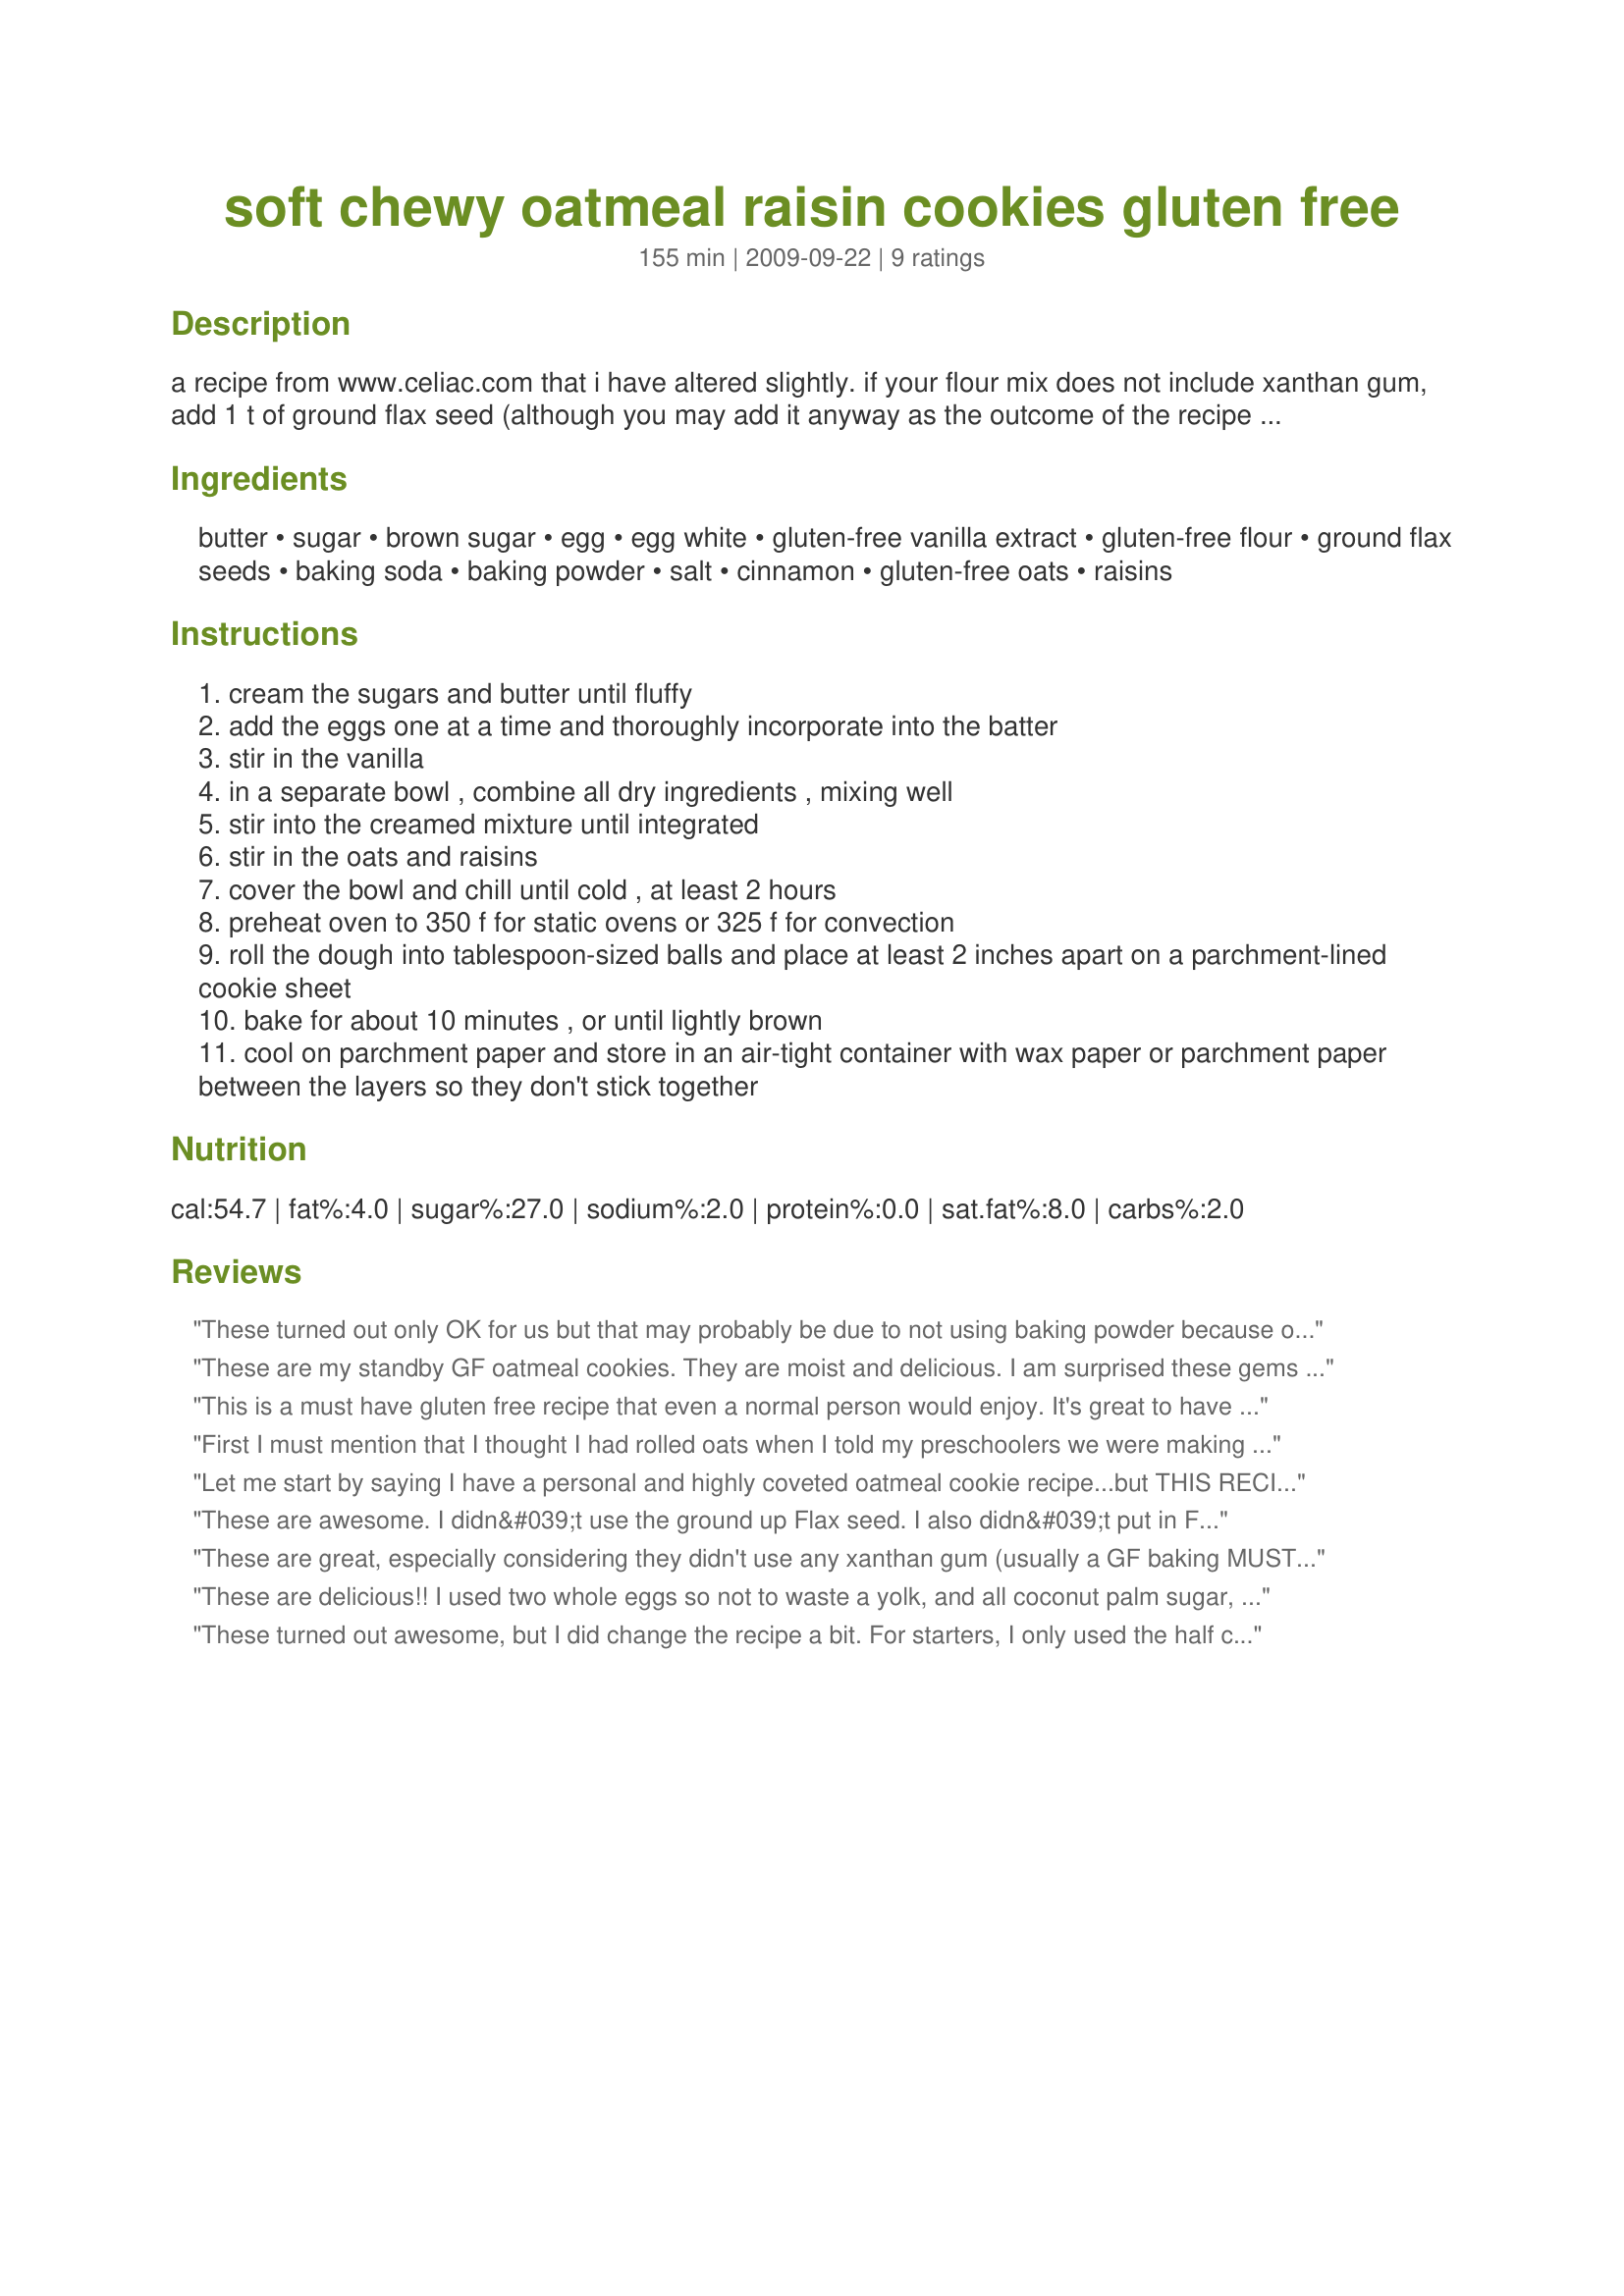
soft chewy oatmeal raisin cookies gluten free
Preparation time: 155 minutes

a recipe from www.celiac.com that i have altered slightly. if your flour mix does not include xanthan gum, add 1 t of ground flax seed (although you may add it anyway as the outcome of the recipe won't be affected). it is also very important to chill the dough before you bake them - they won't spread as much. note; if you are making this recipe as a non-gluten free recipe using regular all-purpose flour, do not use quick oats as the recipe was made with regular long cooking oats.

Ingredients:
butter, sugar, brown sugar, egg, egg white, gluten-free vanilla extract, gluten-free flour, ground flax seeds, baking soda, baking powder, salt, cinnamon, gluten-free oats, raisins

Steps:
cream the sugars and butter until fluffy
add the eggs one at a time and thoroughly incorporate into the batter
stir in the vanilla
in a separate bowl , combine all dry ingredients , mixing well
stir into the creamed mixture until integrated
stir in the oats and raisins
cover the bowl and chill until cold , at least 2 hours
preheat oven to 350 f for static ovens or 325 f for convection
roll the dough into tablespoon-sized balls and place at least 2 inches apart on a parchment-lined cookie sheet
bake for about 10 minutes , or until lightly brown
cool on parchment paper and store in an air-tight container with wax paper or parchment paper between the layers so they don't stick together

Reviews:
These turned out only OK for us but that may probably be due to not using baking powder because of corn allergy and not using cream of tartar for other reasons, both found in gluten free baking powder. I also tried both not waiting the two hours refrigerator time and waiting as DD (toddler) was expecting them immediately. I used just one large egg, halal vanilla paste, white rice flour and half the amount of tapioca starch, guar gum, no flax seeds, additional baking soda and a little organic apple cider vinegar to replace the left out baking powder, sea salt, no raisins out of preference plus the rest of the ingredients.
These are my standby GF oatmeal cookies. They are moist and delicious. I am surprised these gems haven't had more reviews before this one...they deserve more attention. Thank you for sharing this recipe. it's a keeper. The only change I made was cut the sugar in half, as I found them a bit too sweet for me.
This is a must have gluten free recipe that even a normal person would enjoy. It's great to have recipes I can make to take to a potluck that I can eat, and no one would know the difference. I have gotten lots of compliments on the texture and moistness of these cookies. Thank you so much for submitting it!
First I must mention that I thought I had rolled oats when I told my preschoolers we were making these cookies. Nope. Steel cut oats. I toasted them in the toaster oven, and the cookies turned out great! Soft, chewy and a lot of nutty texture. I did 1/2 cup toasted steel cut oats and 1 cup oat flour so the hard oats wouldn’t take over the cookie. Worked great. I also left out the white sugar. 1/2 cup brown sugar plus the raisins made them sweet enough.
Let me start by saying I have a personal and highly coveted oatmeal cookie recipe...but THIS RECIPE IS AMAZING!! These cookies have a crisp edge and chewy middle that make me want more and more! Perfectly perfect. I made a sea salt caramel drizzle to dress a few of them up.
These are awesome. I didn&#039;t use the ground up Flax seed. I also didn&#039;t put in Fridge for 2 hours .I baked them right away and they were perfect. I cooked them for about 12 minutes. 10 minutes wasn&#039;t enough. They are moist and delicious.
These are great, especially considering they didn't use any xanthan gum (usually a GF baking MUST). The only thing I would change is the baking time. The ones I put in for 10 minutes were still raw in the middle, but the ones I put in for 15 minutes burned. I think 12 minutes would be perfect.
These are delicious!! I used two whole eggs so not to waste a yolk, and all coconut palm sugar, instead of half white and half brown and they were as good as any oatmeal cookies I&#039;ve ever made! I wish there was nutrition info on them though because I&#039;m on weight watchers and I have no idea how many points to count for these??!!
These turned out awesome, but I did change the recipe a bit. For starters, I only used the half cup of brown sugar and I omitted the regular sugar. They were still plenty sweet. I used 2 whole eggs and instead of butter I used a half cup of coconut oil to make them healthier and dairy free. I also added a couple teaspoons of fiber powder for an added health benefit. I'll definitely be making these again
